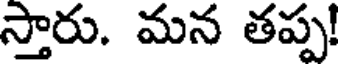
స్తారు. మన తప్ప!